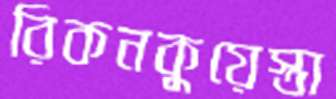
রিকনকুয়েস্তা